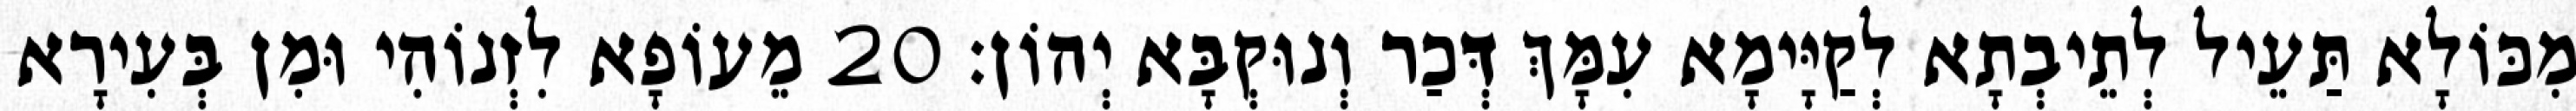
מִכּוֹלָא תַּעֵיל לְתֵיבְתָא לְקַיָּימָא עִמָּךְ דְּכַר וְנוּקְבָּא יְהוֹן׃ 20 מֵעוֹפָא לִזְנוֹהִי וּמִן בְּעִירָא